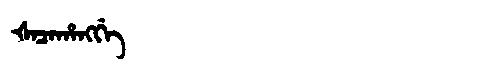
Manchu: ᡧᠠᠴᠠᡥᠠᠩᡤᡝ
Romanization: ŠACAHANGGE